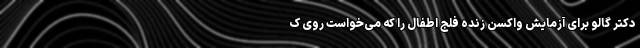
دکتر گالو برای آزمایشِ واکسنِ زنده فلج اطفال را که می‌خواست روی ک